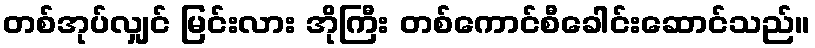
တစ်အုပ်လျှင် မြင်းလား အိုကြီး တစ်ကောင်စီခေါင်းဆောင်သည်။